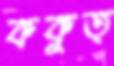
ককুত্